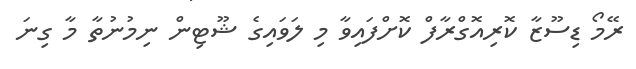
ރޭމޯ ޑިސޫޒާ ކޮރިއޮގްރާފް ކޮށްފައިވާ މި ލަވައިގެ ޝޫޓިން ނިމުނުތާ މާ ގިނަ